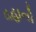
વહાનો